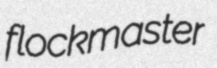
flockmaster